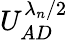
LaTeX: U_{AD}^{\lambda_{n}/2}